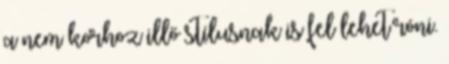
a nem korhoz illő stílusnak is fel lehet róni.